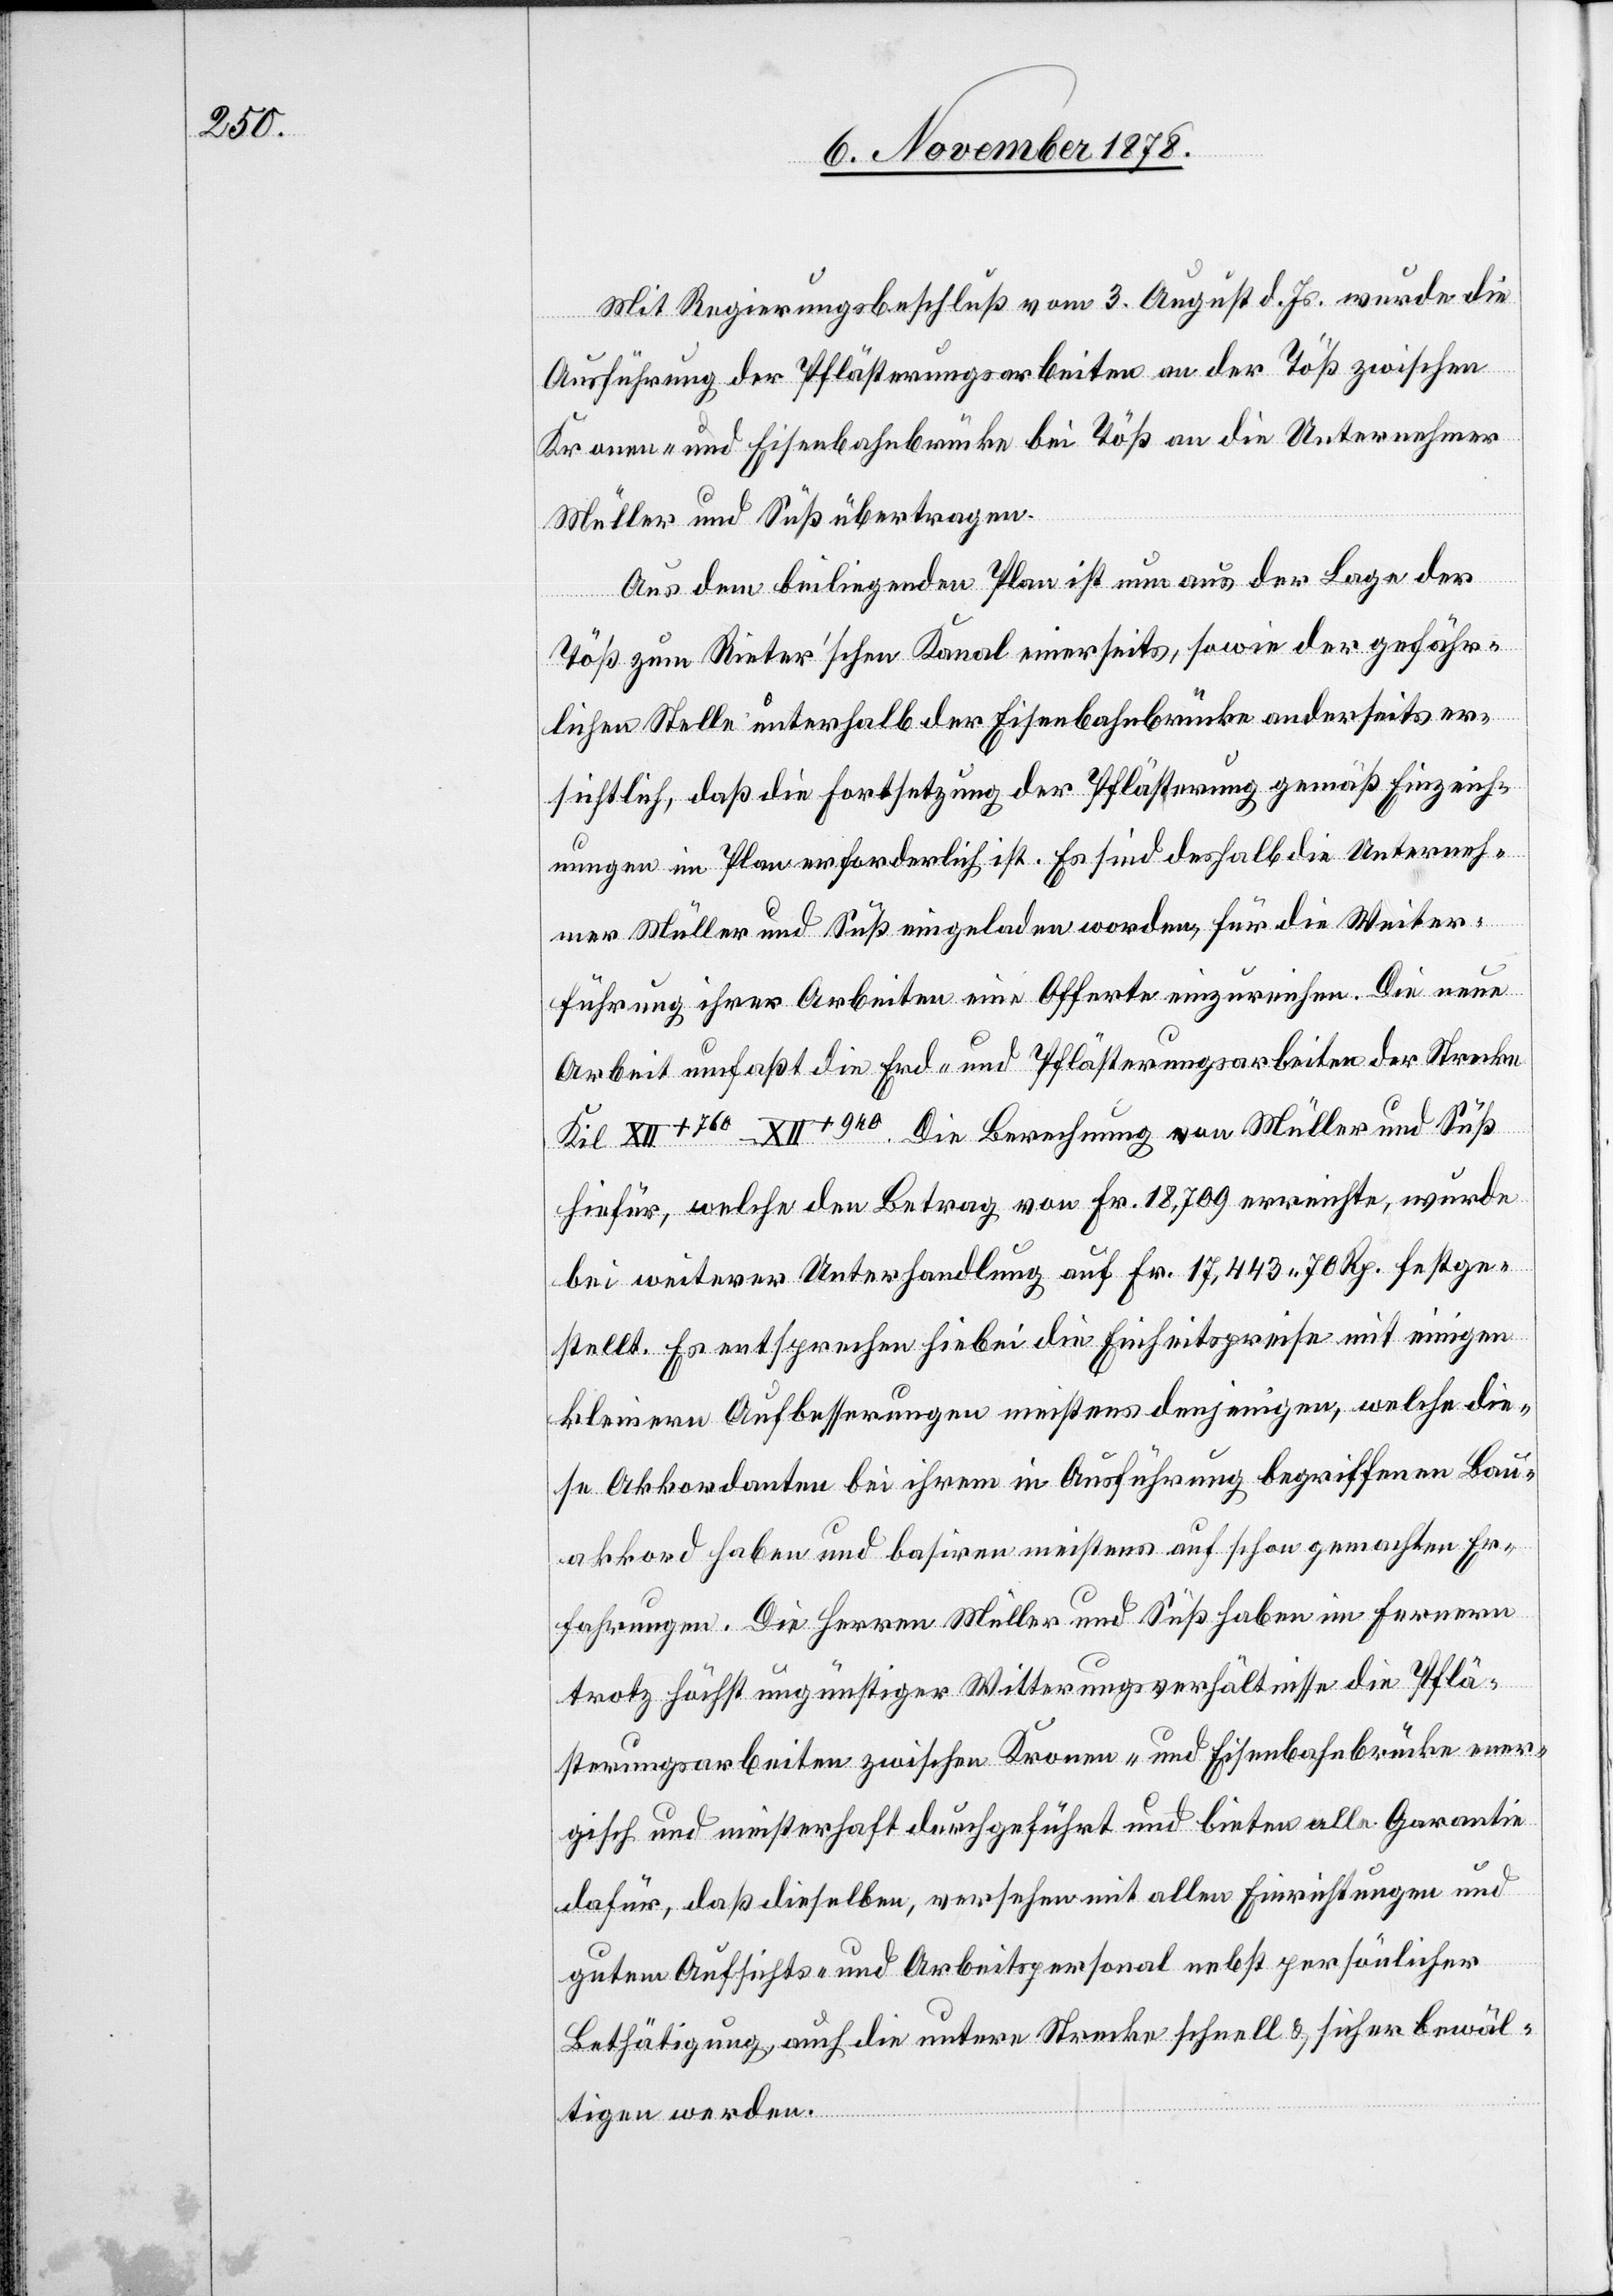
Mit Regierungsbeschluß vom 3. August d. Js. wurde die
Ausführung der Pflästerungsarbeiten an der Töß zwischen
Kronen- und Eisenbahnbrücke bei Töß an die Unternehmer
Müller und Süß übertragen.
Aus dem beiliegenden Plan ist nun aus der Lage der
Töß zum Richter’schen Kanal einerseits, sowie der gefähr¬
lichen Stelle unterhalb der Eisenbahnbrücke anderseits er¬
sichtlich, daß die Fortsetzung der Pflästerung gemäß Einzeich¬
nungen im Plan erforderlich ist. Es sind deshalb die Unterneh¬
mer Müller und Süß eingeladen worden, für die Weiter¬
führung ihrer Arbeiten eine Offerte einzureichen. Die neue
Arbeit umfaßt die Erd- und Pflästerungsarbeiten der Strecke
Kil XII+760–XII+940. Die Berechnung von Müller und Süß
hiefür, welche den Betrag von Fr. 18,709 erreichte, wurde
bei weiterer Unterhandlung auf Fr. 17,443 70 Rp. festge¬
stellt. Es entsprechen hiebei die Einheitspreise mit einigen
kleinen Aufbesserungen meistens denjenigen, welche di¬
e Akkordanten bei ihrem in Ausführung begriffenen Bau¬
akkord haben und basiren meistens auf schon gemachten Er¬
fahrungen. Die Herren Müller und süß haben im Ferneren
trotz höchst ungünstiger Witterungsverhältnisse[n] die Pflä¬
sterungsarbeiten zwischen Kronen- und Eisenbahnbrücke ener¬
gisch und meisterhaft durchgeführt und bieten alle Garantie
dafür, daß dieselbe, versehen mit allen Einrichtungen und
guten Aufsichts- und Arbeitspersonal nebst persönlicher
Bethätigung, auch die untere Strecke schnell & sicher bewäl¬
tigen werden.